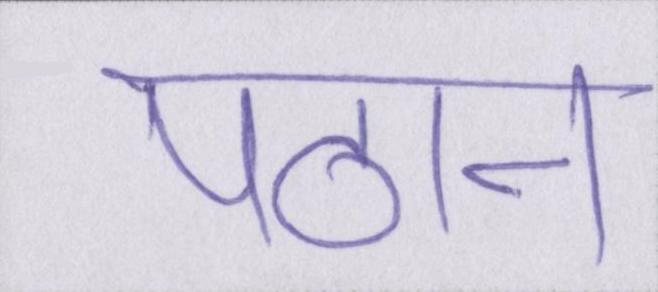
पठान